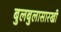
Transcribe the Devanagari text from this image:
बुलबुलासारखी